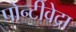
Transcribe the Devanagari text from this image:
पोन्टीवेद्रा